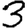
Digit: 3